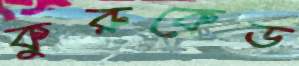
কুরুকেড